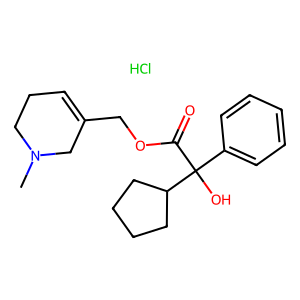
SMILES: CN1CCC=C(COC(=O)C(O)(c2ccccc2)C2CCCC2)C1.Cl
Inhibits HIV replication: No